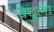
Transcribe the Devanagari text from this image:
वेदुला